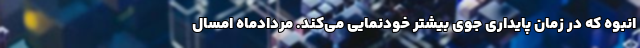
انبوه که در زمان پایداری جوی بیشتر خودنمایی می‌کند. مردادماه امسال